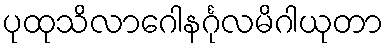
ပုထုသိလာဂေါနင်္ဂုလမိဂါယုတာ